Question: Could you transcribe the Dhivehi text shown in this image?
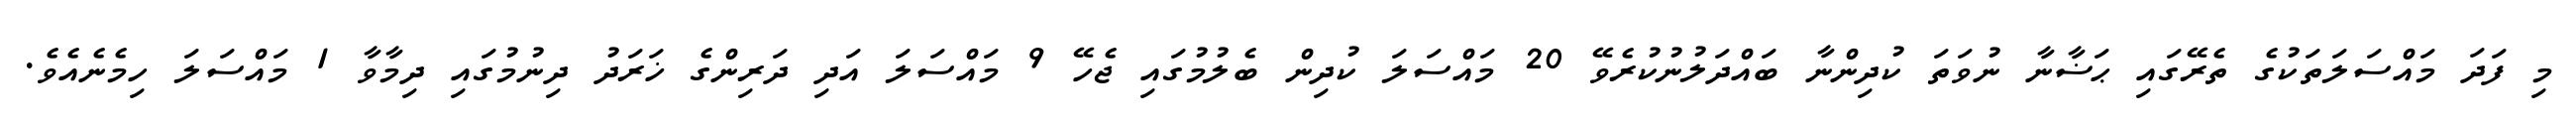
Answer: މި ފަދަ މައްސަލަތަކުގެ ތެރޭގައި ޙަޟާނާ ނުވަތަ ކުދިންނާ ބައްދަލުނުކުރެވޭ 20 މައްސަލަ ކުދިން ބެލުމުގައި ޖެހޭ 9 މައްސަލަ އަދި ދަރިންގެ ޚަރަދު ދިނުމުގައި ދިމާވާ 1 މައްސަލަ ހިމެނެއެވެ.